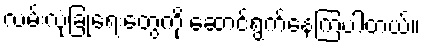
လမ်းလုံခြုံရေးတွေကို ဆောင်ရွက်နေကြပါတယ်။